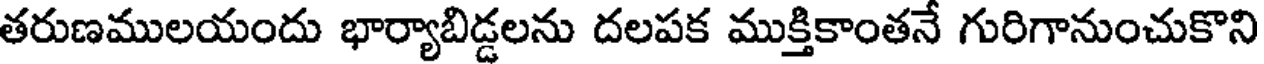
తరుణములయందు భార్యాబిడ్డలను దలపక ముక్తికాంతనే గురిగానుంచుకొని